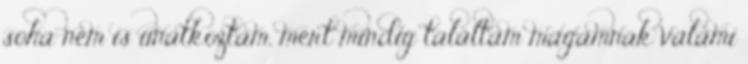
soha nem is unatkoztam, mert mindig találtam magamnak valami